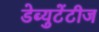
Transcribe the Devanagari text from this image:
डेब्युटेंटीज